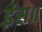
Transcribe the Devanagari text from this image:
ईस॥